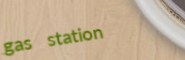
gas station